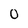
Character: O